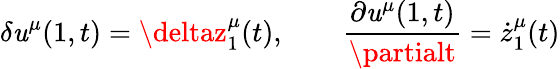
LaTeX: \delta\mathit{u}^{\mu}(1,t)=\deltaz_{1}^{\mu}(t),\qquad\frac{{\partial\mathit{u}^{\mu}(1,t)}}{{\partialt}}=\dot{{z}}_{1}^{\mu}(t)